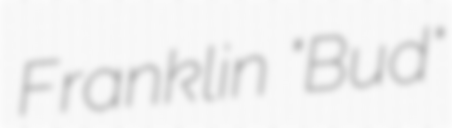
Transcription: Franklin "Bud"